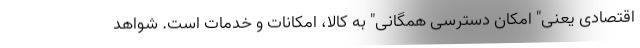
اقتصادی یعنی" امکان دسترسی همگانی" به کالا، امکانات و خدمات است. شواهد